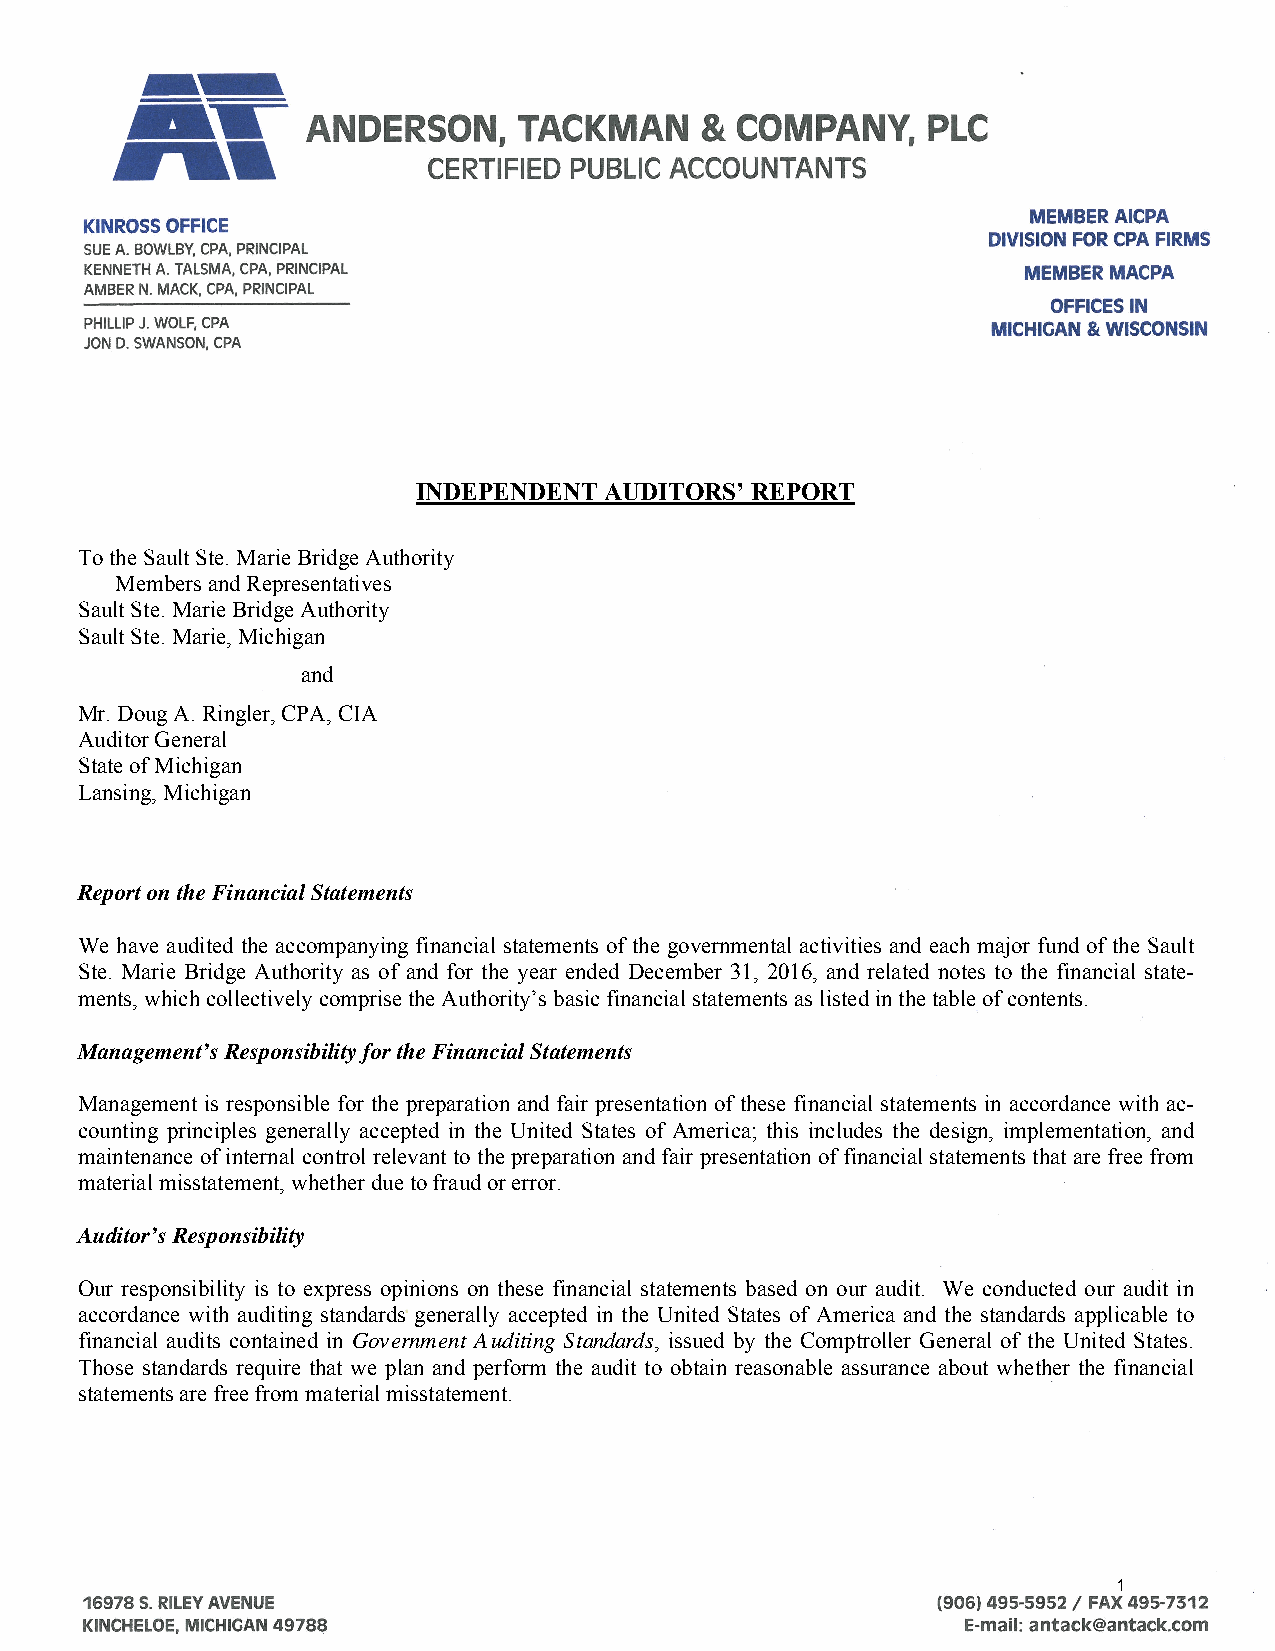
INDEPENDENT AUDITORS’ REPORT
 To the Sault Ste. Marie Bridge Authority
 Members and Representatives
 Sault Ste. Marie Bridge Authority
 Sault Ste. Marie, Michigan
 and
 Mr. Doug A. Ringler, CPA, CIA
 Auditor General
 State of Michigan
 Lansing, Michigan
 Report on the Financial Statements
 We have audited the accompanying financial statements of the governmental activities and each major fund of the Sault
 Ste. Marie Bridge Authority as of and for the year ended December 31, 2016, and related notes to the financial state-
 ments, which collectively comprise the Authority’s basic financial statements as listed in the table of contents.
 Management’s Responsibility for the Financial Statements
 Management is responsible for the preparation and fair presentation of these financial statements in accordance with ac-
 counting principles generally accepted in the United States of America; this includes the design, implementation, and
 maintenance of internal control relevant to the preparation and fair presentation of financial statements that are free from
 material misstatement, whether due to fraud or error.
 Auditor’s Responsibility
 Our responsibility is to express opinions on these financial statements based on our audit. We conducted our audit in
 accordance with auditing standards generally accepted in the United States of America and the standards applicable to
 financial audits contained in Government Auditing Standards, issued by the Comptroller General of the United States.
 Those standards require that we plan and perform the audit to obtain reasonable assurance about whether the financial
 statements are free from material misstatement.
 1